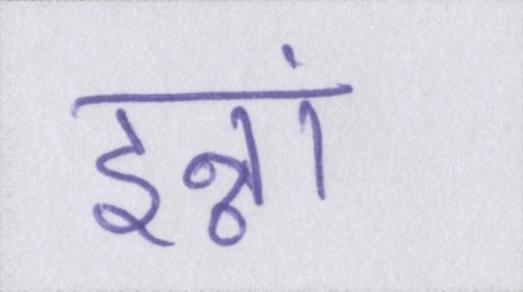
इन्नां